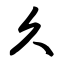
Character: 久